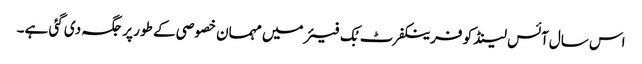
اس سال آئس لینڈ کو فرینکفرٹ بُک فیئر میں مہمان خصوصی کے طور پر جگہ دی گئی ہے۔